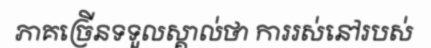
ភាគច្រើនទទួលស្គាល់ថា ការរស់នៅរបស់